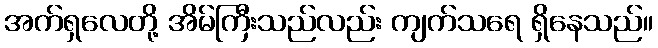
အက်ရှလေတို့ အိမ်ကြီးသည်လည်း ကျက်သရေ ရှိနေသည်။